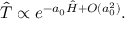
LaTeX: \hat { T } \propto e ^ { - a _ { 0 } \hat { H } + O ( a _ { 0 } ^ { 2 } ) } .